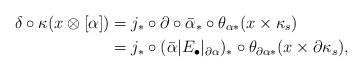
\begin{align*}\delta\circ \kappa(x\otimes [\alpha]) &= j_*\circ \partial \circ \bar \alpha_*\circ \theta_{\alpha *} (x\times \kappa_s) \\&=j_*\circ (\bar{\alpha}|E_\bullet\vert_{\partial \alpha})_* \circ \theta_{\partial \alpha *}(x\times \partial \kappa_{s}),\end{align*}